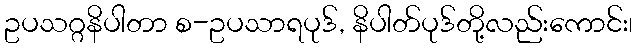
ဥပသဂ္ဂနိပါတာ စ-ဥပသာရပုဒ်, နိပါတ်ပုဒ်တို့လည်းကောင်း၊